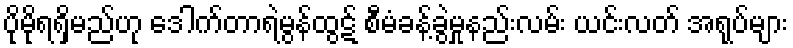
ပိုမိုရရှိမည်ဟု ဒေါက်တာရဲမွန်ထွဋ် စီမံခန့်ခွဲမှုနည်းလမ်း ယင်းလတ် အရုပ်များ